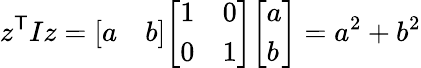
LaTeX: z^{\textsf{T}}Iz={\left[\begin{array}{ll}{a}&{b}\end{array}\right]}{\left[\begin{array}{ll}{1}&{0}\\ {0}&{1}\end{array}\right]}{\left[\begin{array}{l}{a}\\ {b}\end{array}\right]}=a^{2}+b^{2}